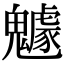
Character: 𩴯